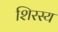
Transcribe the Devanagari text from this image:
शिरस्य